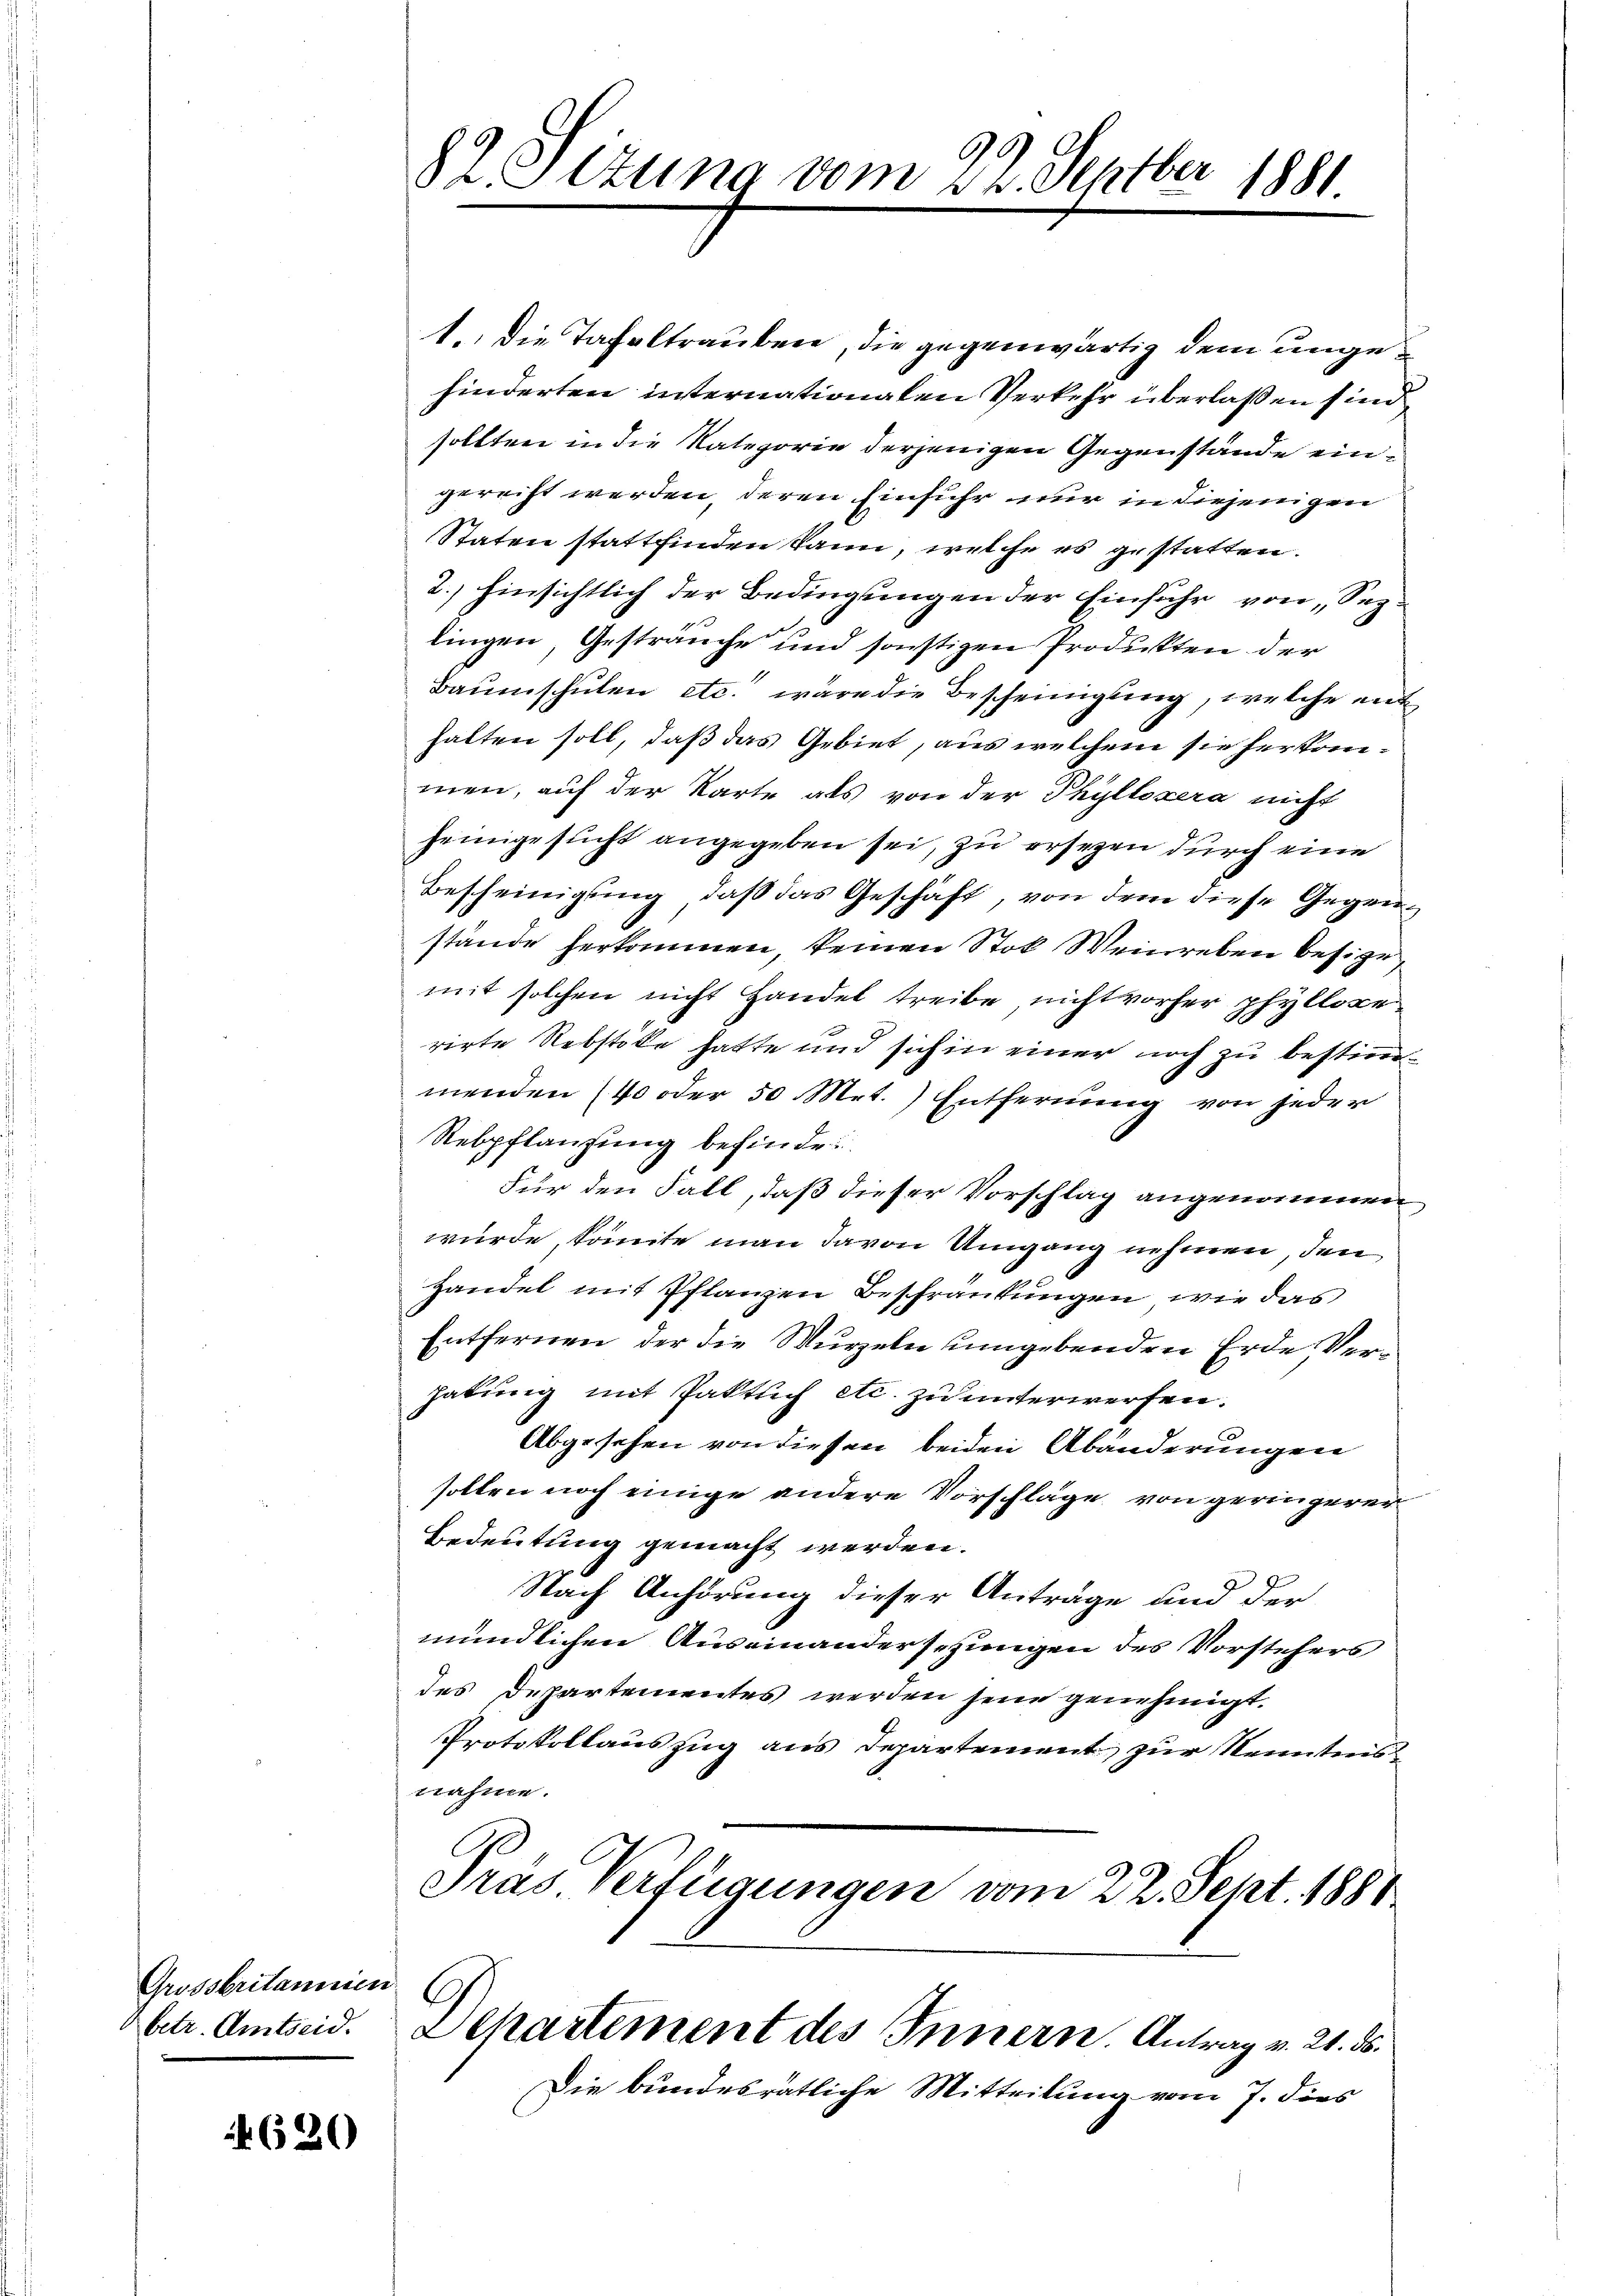
Grossbritannien
betr. Amtseid.

620

9
82 Setzung vom 24. Septber 1881

1. Die Tafeltrauben, die gegenwärtig dem ungehinderten internationalen Verkehr überlaßen sind
sollten in die Kategorie derjenigen Gegenstände eingerecht werden, deren Einfuhr nur in diejenigen
Staten stattfinden kann, welche es gestatten.
2.) hinsichtlich der Bedingungen der Einfuhr von Sepe
lingen, Gesträuche und sonstigen Produkten der
Baumschulen etc. wäre die Bescheinigung, welche enthalten soll, daß das Gebiet, aus welchem sie herkommen, auf der Karte als von der Phylloxera nicht
heimgesucht angegeben sei, zu ersezen durch eine
Bescheinigung, daß das Geschäft, von dem diese Gegenstände herkommen, keinen Stok Weinreben besizemit solchen nicht Handel treibe nicht vorher phyllose
rirte Rebstöke hatte und sich in einer noch zu bestimmenden (40 oder 50 Met.) Entfernung von jeder
Rebpflanzung befinde
Für den Fall, daß dieser Vorschlag angenommen
würde, könnte man davon Umgang nehmen, den
Handel mit Pflanzen Beschränkungen, wie das
Entfernen der die Wurzeln umgebenden Erde Verhabung mit Paktuch etc. zu unterwerfen.
Abgesehen von diesen beiden Abänderungen
sollen noch einige andere Vorschläge von geringerer
Bedeutung gemacht werden.
Nach Anhörung dieser Anträge und der
mündlichen Auseinandersezungen des Vorstehers
des Departementes werden jene genehmigt.
Protokollauszug aus Departement zur Kenntnis
nahme.
Pras Verfügungen vom 22. Sept. 1881
G
Lepartement des Innern Antrag v. 21. ds.
Die bundesrätliche Mitteilung vom 7. dies